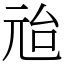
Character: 兘